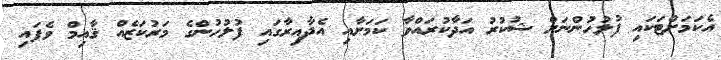
އެކަމަށްޓަކައި ފުލުހުންނަށް ޝުކުރު އަދާކުރައްވާ ކަމަށާއި އެދާއިރާގައި ފުލުހުންގެ މަރުކަޒެއް ޤާއިމް ވެފައި